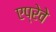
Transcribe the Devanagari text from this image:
एप्रेवे